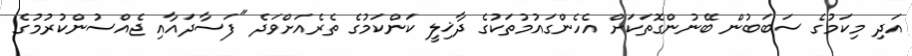
އަދި މިކަމުގެ ސަބަބުން ބޭނުންގޮތަކަށް އެހެންގައުމުތަކުގެ ދާޚިލީ ކަންކަމުގެ ތެރެއަށްވަދެ "ފަސާދައާއި ޖެއްސުންކުރުމުގެ